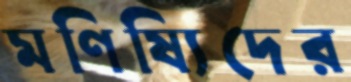
মণিষ্যিদের